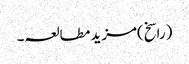
(راسخ)مزید مطالعہ۔